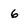
Character: 6